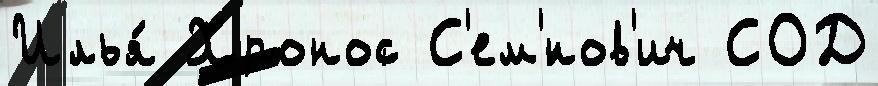
Илья́ Хронос С'ем'́нов'ич СОД